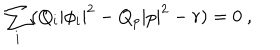
\sum _ { i } ( Q _ { i } | \phi _ { i } | ^ { 2 } - Q _ { p } | p | ^ { 2 } - r ) = 0 \ ,